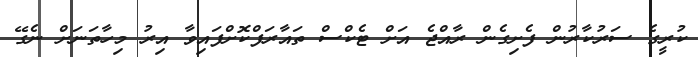
ކުރީގެ ސަރުކާރުން ފެށިގެން ރާއްޖެ އަށް ޓެކްސް ތައާރަފްކޮށްފައިވާ އިރު މިހާތަނަށް ނެގޭ